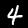
Digit: 4